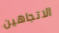
الاتجاهين